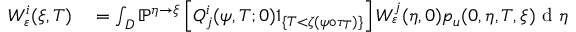
\begin{array} { r l } { W _ { \varepsilon } ^ { i } ( \xi , T ) } & { { } = \int _ { D } \mathbb { P } ^ { \eta \rightarrow \xi } \left[ Q _ { j } ^ { i } ( \psi , T ; 0 ) 1 _ { \{ T < \zeta ( \psi \circ \tau _ { T } ) \} } \right] W _ { \varepsilon } ^ { j } ( \eta , 0 ) p _ { u } ( 0 , \eta , T , \xi ) \textrm { d } \eta } \end{array}